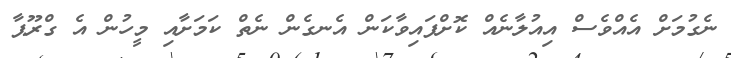
ނެގުމަށް އެއްވެސް އިއުލާނެއް ކޮށްފައިވާކަން އެނގެން ނެތް ކަމަށާއި މީހުން އެ ގްރޫޕާ